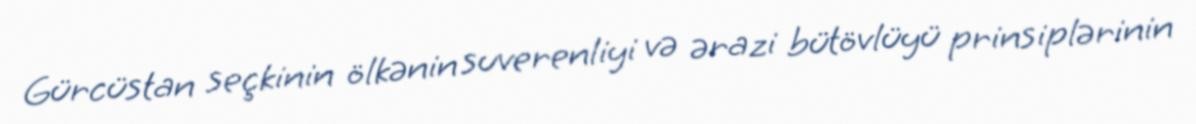
Gürcüstan seçkinin ölkənin suverenliyi və ərazi bütövlüyü prinsiplərinin